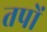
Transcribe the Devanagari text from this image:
तपों